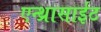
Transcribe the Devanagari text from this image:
एन्थ्रासाईट